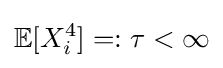
{\mathbb {E} }[X_{i}^{4}]=:\tau <\infty